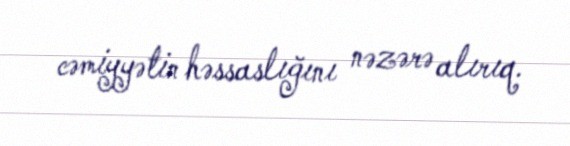
cəmiyyətin həssaslığını nəzərə alırıq.